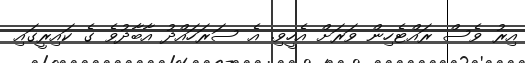
އިރު ވެސް ރައްޓެހިން ވަރަށް އެހީވި. އެ ސަރަހައްދު އާބާދުވެ ގެ ކައިރީގައި